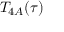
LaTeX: T _ { 4 A } ( \tau )